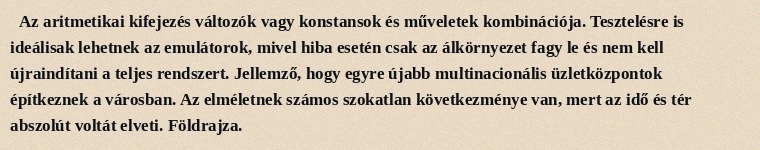
Az aritmetikai kifejezés változók vagy konstansok és műveletek kombinációja. Tesztelésre is ideálisak lehetnek az emulátorok, mivel hiba esetén csak az álkörnyezet fagy le és nem kell újraindítani a teljes rendszert. Jellemző, hogy egyre újabb multinacionális üzletközpontok építkeznek a városban. Az elméletnek számos szokatlan következménye van, mert az idő és tér abszolút voltát elveti. Földrajza.